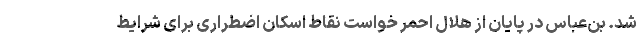
شد. بن‌عباس در پایان از هلال احمر خواست نقاط اسکان اضطراری برای شرایط